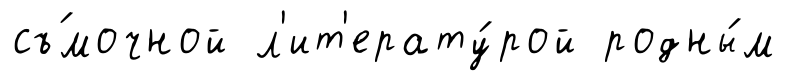
съ́мочной л'ит'ерату́рой родны́м